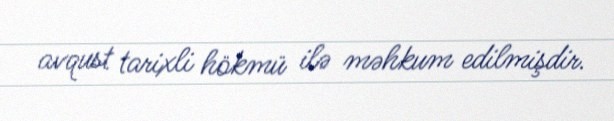
avqust tarixli hökmü ilə məhkum edilmişdir.